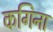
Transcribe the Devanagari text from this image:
कगिना